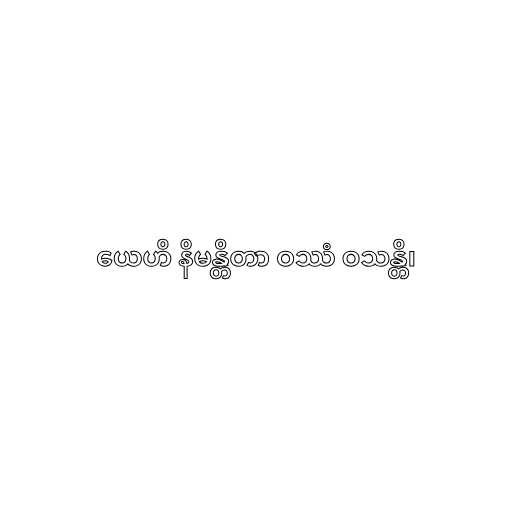
ယေဟိ နိမန္တိတာ ဝဿံ ဝသန္တိ၊